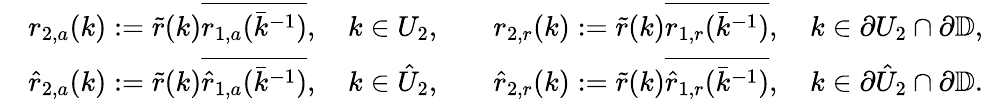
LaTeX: \begin{array}{rlrl}&{r_{2,a}(k):=\tilde{r}(k)\overline{{r_{1,a}(\bar{k}^{-1})}},\quad k\in U_{2},}&&{r_{2,r}(k):=\tilde{r}(k)\overline{{r_{1,r}(\bar{k}^{-1})}},\quad k\in\partial U_{2}\cap\partial{\mathbb D},}\\ &{\hat{r}_{2,a}(k):=\tilde{r}(k)\overline{{\hat{r}_{1,a}(\bar{k}^{-1})}},\quad k\in\hat{U}_{2},}&&{\hat{r}_{2,r}(k):=\tilde{r}(k)\overline{{\hat{r}_{1,r}(\bar{k}^{-1})}},\quad k\in\partial\hat{U}_{2}\cap\partial{\mathbb D}.}\end{array}